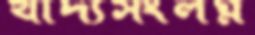
খাদ্যসংলগ্ন